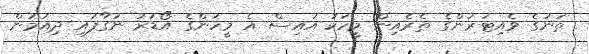
ތަނުގެ ވެއިޓަރުންގެ ތެރެއިން މީހަކު އައިސް އެ މީހުންގެ އޯޑަރު ނަގާފައި ދިއުމުން